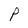
Character: P